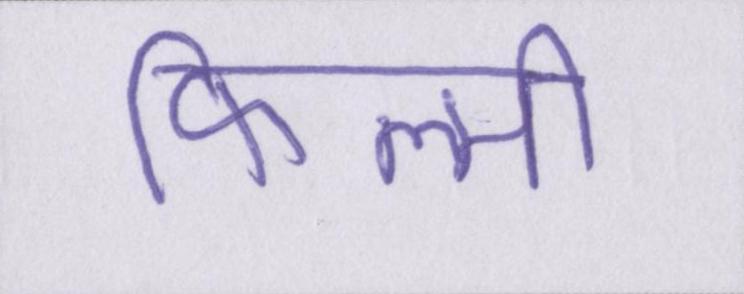
फिल्मी